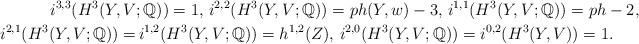
LaTeX: \begin{align*}i^{3,3}(H^3(Y,V&;\mathbb{Q})) = 1, \, i^{2,2}(H^3(Y,V;\mathbb{Q})) = ph(Y,w) - 3, \, i^{1,1}(H^3(Y,V;\mathbb{Q})) = ph-2, \\ i^{2,1}(H^3(Y,V;\mathbb{Q})) = &\,i^{1,2}(H^3(Y,V;\mathbb{Q})) = h^{1,2}(Z), \, i^{2,0}(H^3(Y,V;\mathbb{Q})) = i^{0,2}(H^3(Y,V)) = 1.\end{align*}